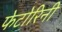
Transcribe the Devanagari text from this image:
फेटोरिनी